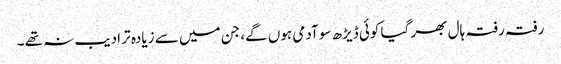
رفتہ رفتہ ہال بھر گیا کوئی ڈیڑھ سو آدمی ہوں گے، جن میں سے زیادہ تر ادیب نہ تھے۔